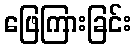
ဖြေကြားခြင်း